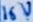
Text: 16V